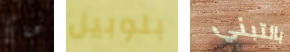
هناك بلوبيل بالتبني